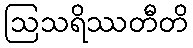
ဩသရိဿတီတိ